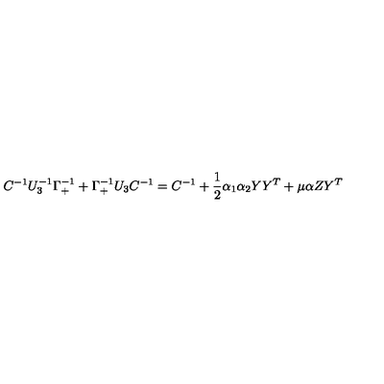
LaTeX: C ^ { - 1 } U _ { 3 } ^ { - 1 } \Gamma _ { + } ^ { - 1 } + \Gamma _ { + } ^ { - 1 } U _ { 3 } C ^ { - 1 } = C ^ { - 1 } + { \frac { 1 } { 2 } } \alpha _ { 1 } \alpha _ { 2 } Y Y ^ { T } + \mu \alpha Z Y ^ { T }